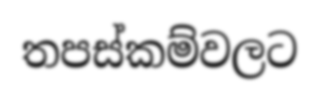
තපස්කම්වලට